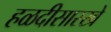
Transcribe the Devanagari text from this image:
हळदीसारखे